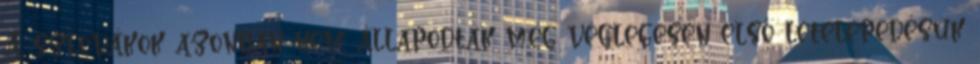
A szlovákok azonban nem állapodtak meg véglegesen első letelepedésük